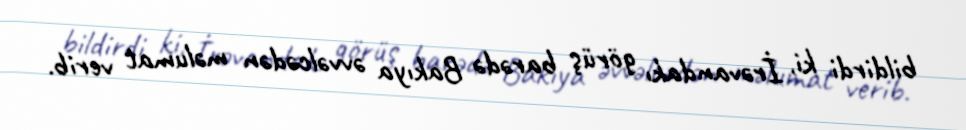
bildirdi ki, İrəvandakı görüş barədə Bakıya əvvəlcədən məlumat verib.